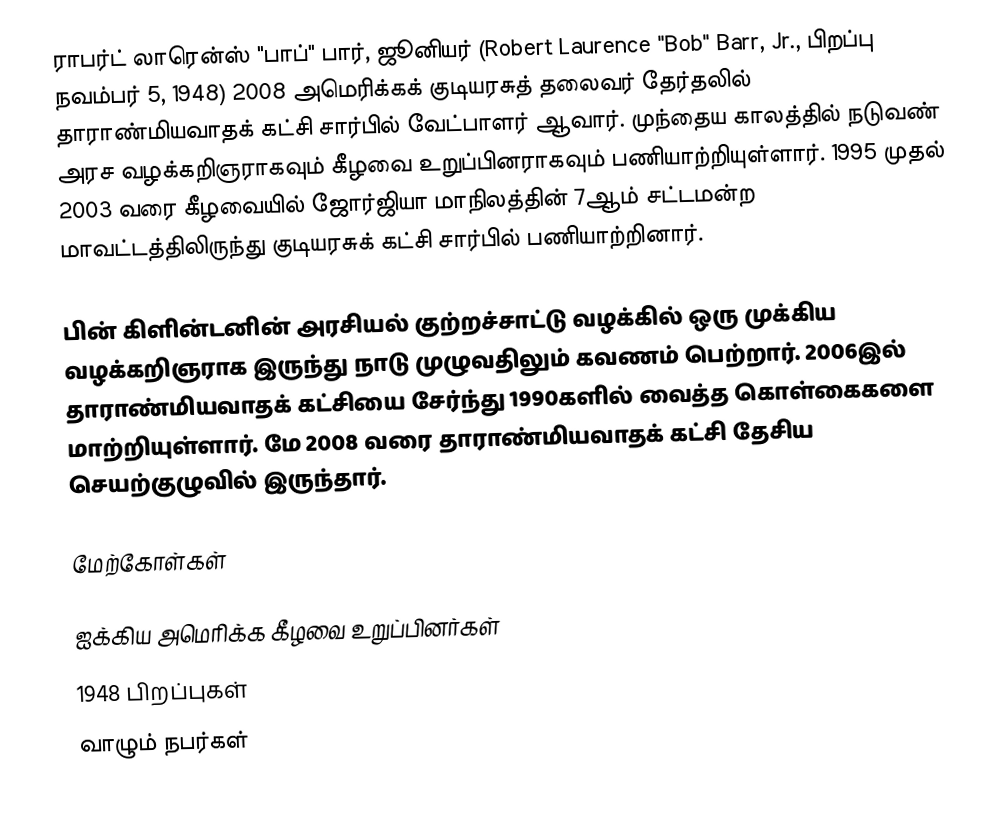
ராபர்ட் லாரென்ஸ் "பாப்" பார், ஜூனியர் (Robert Laurence "Bob" Barr, Jr., பிறப்பு நவம்பர் 5, 1948) 2008 அமெரிக்கக் குடியரசுத் தலைவர் தேர்தலில் தாராண்மியவாதக் கட்சி சார்பில் வேட்பாளர் ஆவார். முந்தைய காலத்தில் நடுவண் அரச வழக்கறிஞராகவும் கீழவை உறுப்பினராகவும் பணியாற்றியுள்ளார். 1995 முதல் 2003 வரை கீழவையில் ஜோர்ஜியா மாநிலத்தின் 7ஆம் சட்டமன்ற மாவட்டத்திலிருந்து குடியரசுக் கட்சி சார்பில் பணியாற்றினார்.

பின் கிளின்டனின் அரசியல் குற்றச்சாட்டு வழக்கில் ஒரு முக்கிய வழக்கறிஞராக இருந்து நாடு முழுவதிலும் கவணம் பெற்றார். 2006இல் தாராண்மியவாதக் கட்சியை சேர்ந்து 1990களில் வைத்த கொள்கைகளை மாற்றியுள்ளார். மே 2008 வரை தாராண்மியவாதக் கட்சி தேசிய செயற்குழுவில் இருந்தார்.

மேற்கோள்கள்

ஐக்கிய அமெரிக்க கீழவை உறுப்பினர்கள்
1948 பிறப்புகள்
வாழும் நபர்கள்